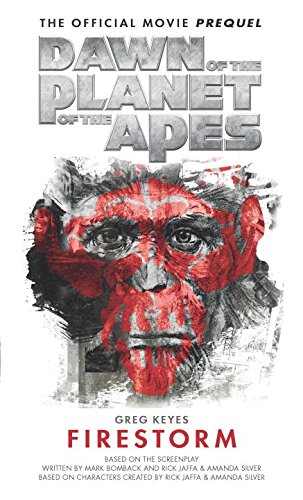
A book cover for Dawn of the Planet of the Apes: Firestorm; Greg Keyes; Science Fiction & Fantasy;